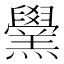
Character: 𦏗